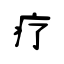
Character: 疗